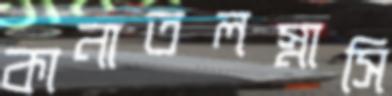
কানাতলস্নাসি